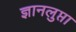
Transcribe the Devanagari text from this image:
ज्ञानलुप्ता